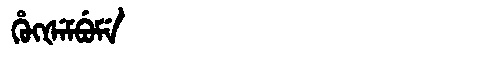
Manchu: ᡥᡠᡴᡧᡝᠮᠪᡠᠮᡝ
Romanization: HUKŠEMBUME